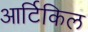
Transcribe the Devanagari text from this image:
आर्टिकिल